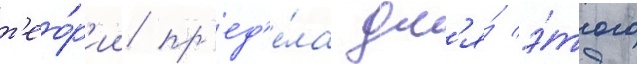
т'ео́р'ии пр'ед'е́ла дл'я́ э́того